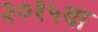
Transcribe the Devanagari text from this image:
२०१५या